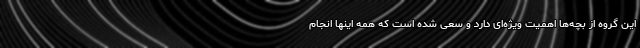
این گروه از بچه‌ها اهمیت ویژه‌ای دارد و سعی شده است که همه اینها انجام